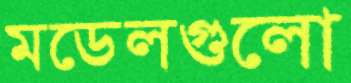
মডেলগুলো